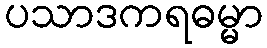
ပသာဒကရဓမ္မာ